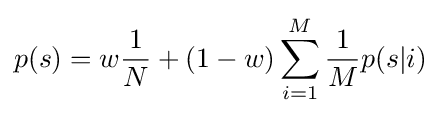
p(s)=w{\frac {1}{N}}+(1-w)\sum _{i=1}^{M}{\frac {1}{M}}p(s|i)